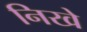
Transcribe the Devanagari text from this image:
निखे